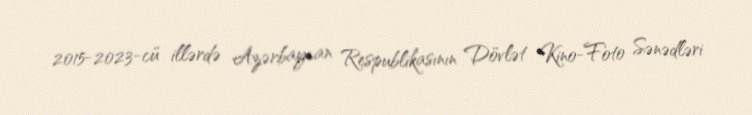
2015-2023-cü illərdə Azərbaycan Respublikasının Dövlət Kino-Foto Sənədləri